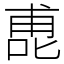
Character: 喸